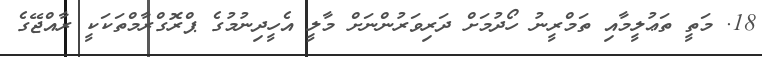
18. މަތީ ތަޢުލީމާއި ތަމްރީނު ހޯދުމަށް ދަރިވަރުންނަށް މާލީ އެހީދިނުމުގެ ޕްރޮގްރާމްތަކަކީ ރާއްޖޭގެ